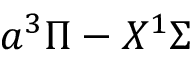
a ^ { 3 } \Pi - X ^ { 1 } \Sigma